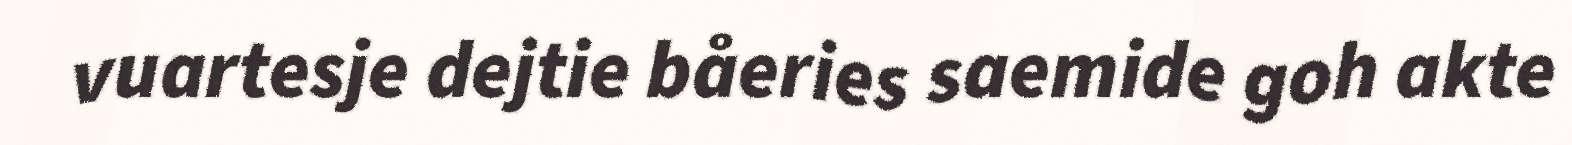
vuartesje dejtie båeries saemide goh akte